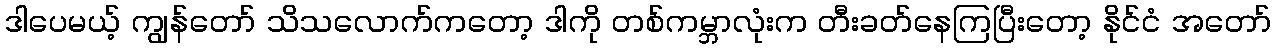
ဒါပေမယ့် ကျွန်တော် သိသလောက်ကတော့ ဒါကို တစ်ကမ္ဘာလုံးက တီးခတ်နေကြပြီးတော့ နိုင်ငံ အတော်